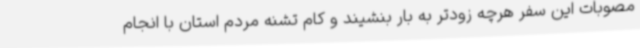
مصوبات این سفر هرچه زودتر به بار بنشیند و کام تشنه مردم استان با انجام